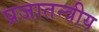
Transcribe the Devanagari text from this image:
प्रजातन्त्रीय